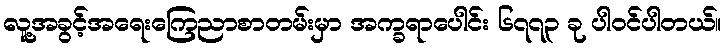
လူ့အခွင့်အရေးကြေညာစာတမ်းမှာ အက္ခရာပေါင်း ၆၇၇၃ ခု ပါဝင်ပါတယ်။